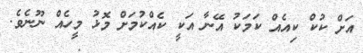
އަށް ކުކް ކިއެއް ކަމަކު އޭނާ އަކީ ކެއްކުމަށް މޮޅު މީހެއް ނޫނެވެ.